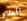
العدو